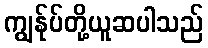
ကျွန်ုပ်တို့ယူဆပါသည်